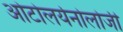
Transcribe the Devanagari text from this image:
ओटोलर्यनोलोजी